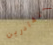
ستغادرين